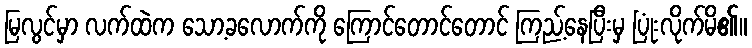
မြလွင်မှာ လက်ထဲက သော့ခလောက်ကို ကြောင်တောင်တောင် ကြည့်နေပြီးမှ ပြုံးလိုက်မိ၏။